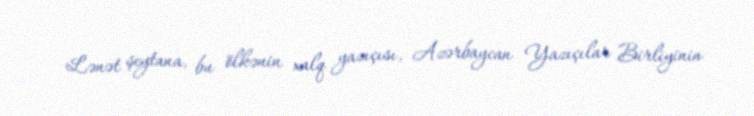
Lənət şeytana, bu ölkənin xalq yazıçısı, Azərbaycan Yazıçılar Birliyinin